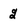
Character: 2